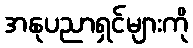
အနုပညာရှင်များကို